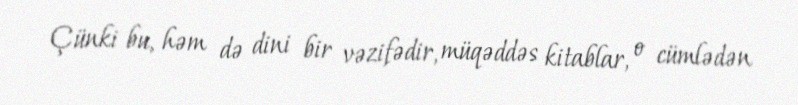
Çünki bu, həm də dini bir vəzifədir, müqəddəs kitablar, o cümlədən